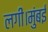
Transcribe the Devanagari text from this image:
लगीं।मुंबई